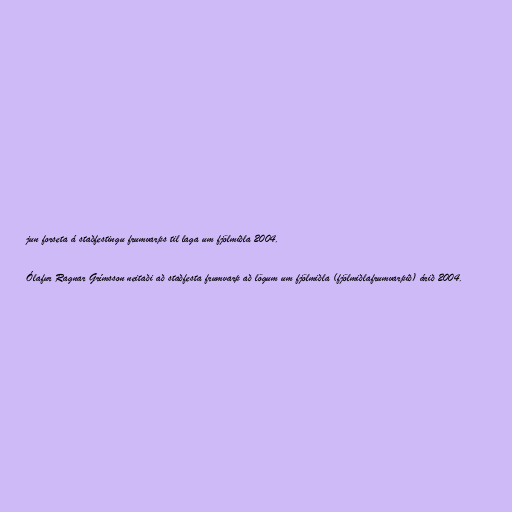
jun forseta á staðfestingu frumvarps til laga um fjölmiðla 2004.

Ólafur Ragnar Grímsson neitaði að staðfesta frumvarp að lögum um fjölmiðla (fjölmiðlafrumvarpið) árið 2004.